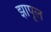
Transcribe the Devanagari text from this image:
झापूल